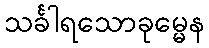
သင်္ခါရသောခုမ္မေန